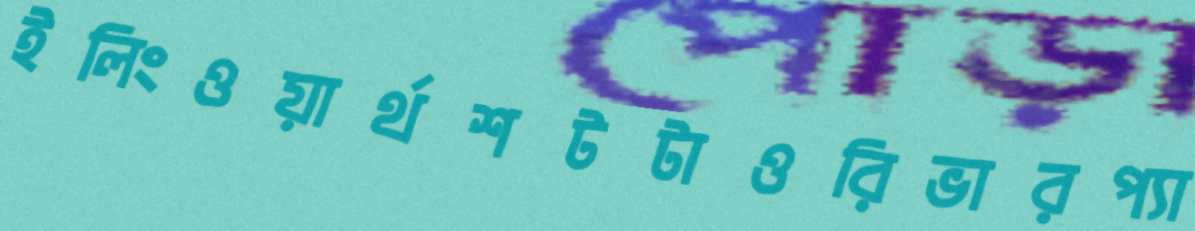
ইলিংওয়ার্থশটটাওরিভারপ্যা